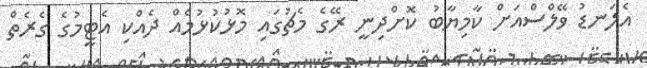
އެލަނޑު ވޭލްސްއަށް ކާމިޔާބު ކޮށްދިނީ ރޭގެ މެޗުގައި މޮޅުކުޅުމެއް ދެއްކި އެޓީމުގެ ގެރެތް